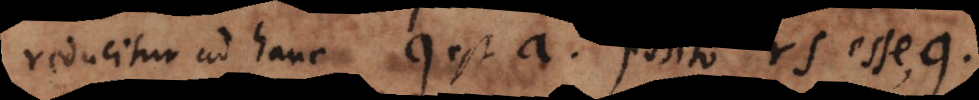
reducitur ad hanc q est a posito rs esse q.